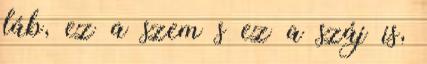
láb, ez a szem s ez a száj is,